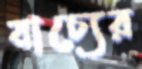
বাচ্যের